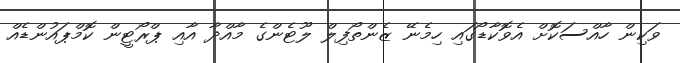
ވަކިިން ހާއްސަކޮށް އެވޮކާޑޯގައި ހިމެނޭ ޒެންތޯފިލް ލޫޓެންގެ މާއްދާ އާއި ޕްރޯޓީން ކޮމްޕައުންޑެއް